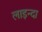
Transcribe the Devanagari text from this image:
लाइन्दा